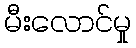
မီးလောင်မှု